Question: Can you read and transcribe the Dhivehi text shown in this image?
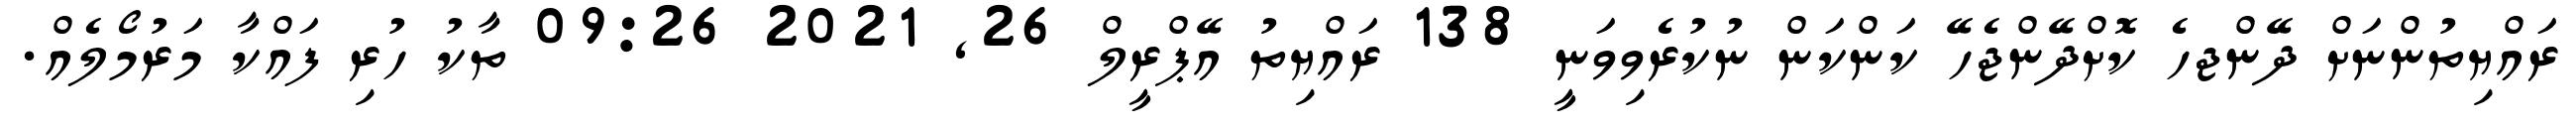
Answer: ރައްޔިތުންނަށް ދޭންޖހެ ކޮށްދޭންޖެހޭ ކަންކަން ނުކުރެވިވަނީ 138 ރައްޔިތު އޭޕްރީލް 26, 2021 09:26 ތާކު ހުރި ފައްކާ މަރުމޯލެއް.